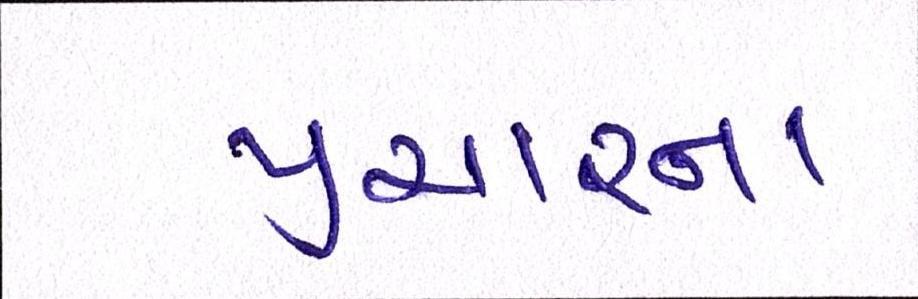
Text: પ્રચારના